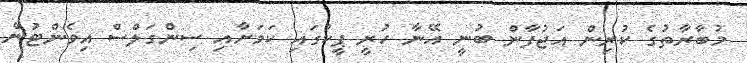
މުބާރާތުގެ ކުރިން އަޖުފާން ބުނީ އޭނާ ހުރީ ޕީކުގައި ކަމަށާއި ސިންގަލްސް އިވެންޓުން